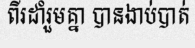
ពីរដាំរួមគ្នា បានងាប់បាត់